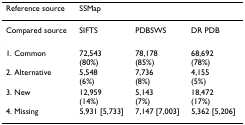
<table><thead><tr><td><b>Reference source</b></td><td><b>SSMap</b></td><td></td><td></td></tr></thead><tbody><tr><td>Compared source</td><td>SIFTS</td><td>PDBSWS</td><td>DR PDB</td></tr><tr><td>1. Common</td><td>72,543(80%)</td><td>78,178(85%)</td><td>68,692(78%)</td></tr><tr><td>2. Alternative</td><td>5,548(6%)</td><td>7,736(8%)</td><td>4,155(5%)</td></tr><tr><td>3. New</td><td>12,959(14%)</td><td>5,143(7%)</td><td>18,472(17%)</td></tr><tr><td>4. Missing</td><td>5,931 [5,733]</td><td>7,147 [7,003]</td><td>5,362 [5,206]</td></tr></tbody></table>